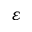
\varepsilon